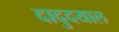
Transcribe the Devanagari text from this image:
दादुदयाल